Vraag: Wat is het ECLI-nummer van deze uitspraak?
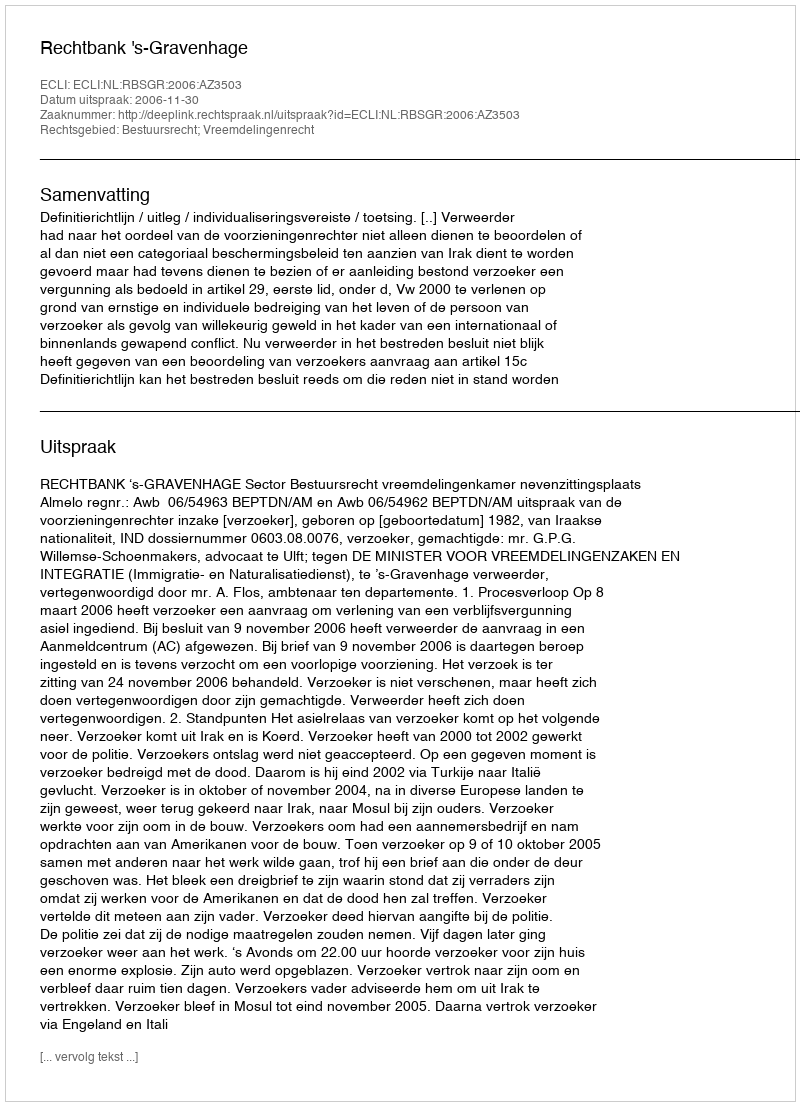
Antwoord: ECLI:NL:RBSGR:2006:AZ3503